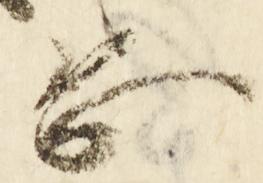
恐